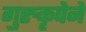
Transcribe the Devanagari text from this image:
गुरुकृपेने